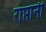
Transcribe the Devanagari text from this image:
राप्तानी